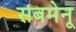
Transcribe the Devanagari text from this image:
सबमेनू